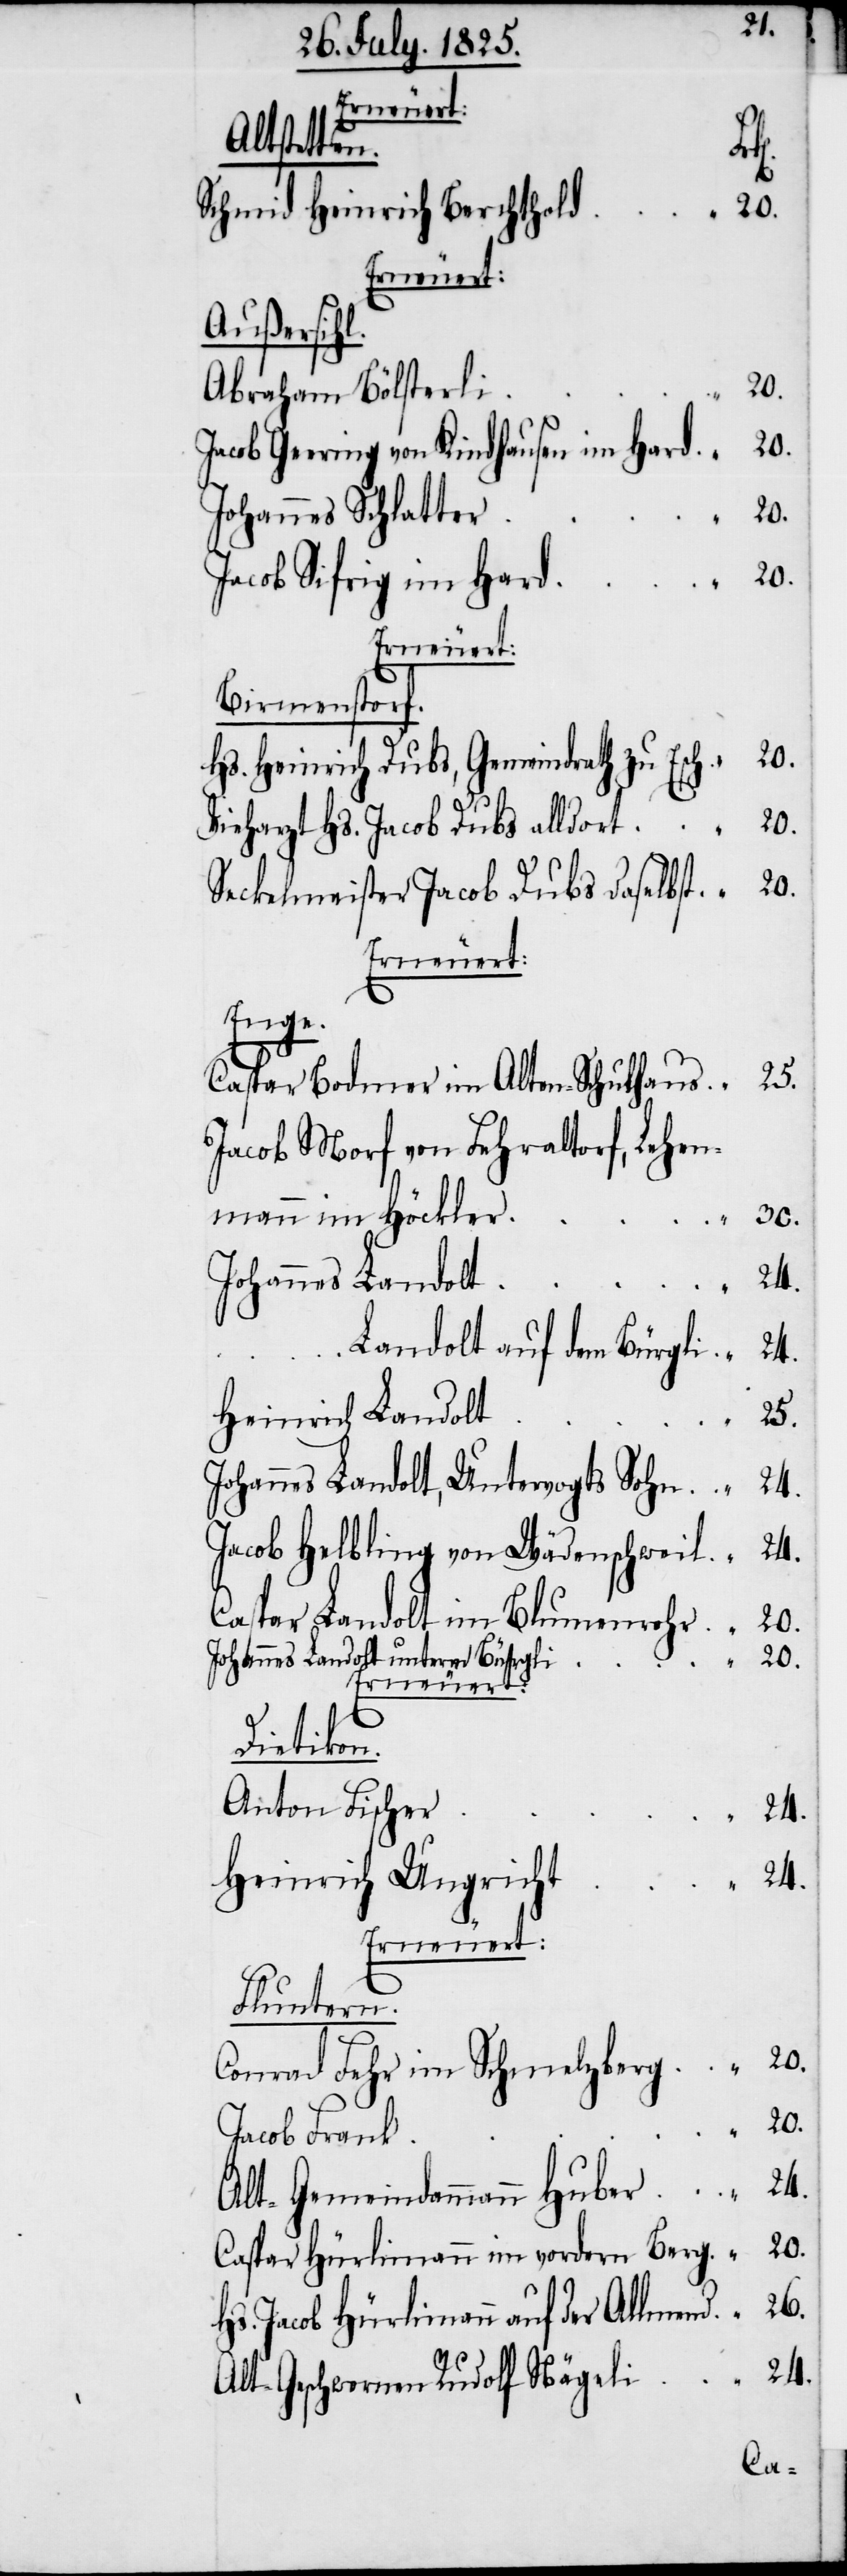
Anton
d	“	20.
Schmid Heinrich Berchthol¬
Heinrich
Außersihl.
i	“	20.
Abraham Bölsterl¬
Jacob Geering von Kindhausen im Har¬
Johannes Schlatte¬
Jacob Sifrig im Har¬
Erneuert:
Birmenstorf.
Hs. Heinrich Dubs, Gemeindrath zu Esch	“	20.
Vieharzt Hs. Jacob Dubs alldort	“	20.
Seckelmeister Jacob Dubs daselbst	“	20.
Erneuert:
Enge.
Caspar Bodmer im Alten Schulhaus	“	25.
Jacob Morf von Fehraltorf, Lehen¬
mann im Höckler	“	30.
Johannes Landolt
Landolt auf dem Bürgli	“	24.
Johannes Landolt, Untervogts Sohn	“	24.
Jacob Helbling von Wädenschweil	“	24.
Caspar Landolt im Blumenrohr	“	20.
Erneuert:
Dietikon.
Fluntern.
Conrad Fehr im Schmelzberg	“	20.
Alt-Gemeindammann Huber	“	24.
Caspar Hürlimann im vordern Berg	“	20.
Hs. Jacob Hürlimann auf der Allmend	“	26.
Alt-Geschwornen Rudolf Nägeli	“	24.